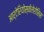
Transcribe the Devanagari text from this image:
आर्टेरियोस्केलेरोसिस